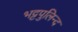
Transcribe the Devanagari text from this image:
भट्टपुलिन्द